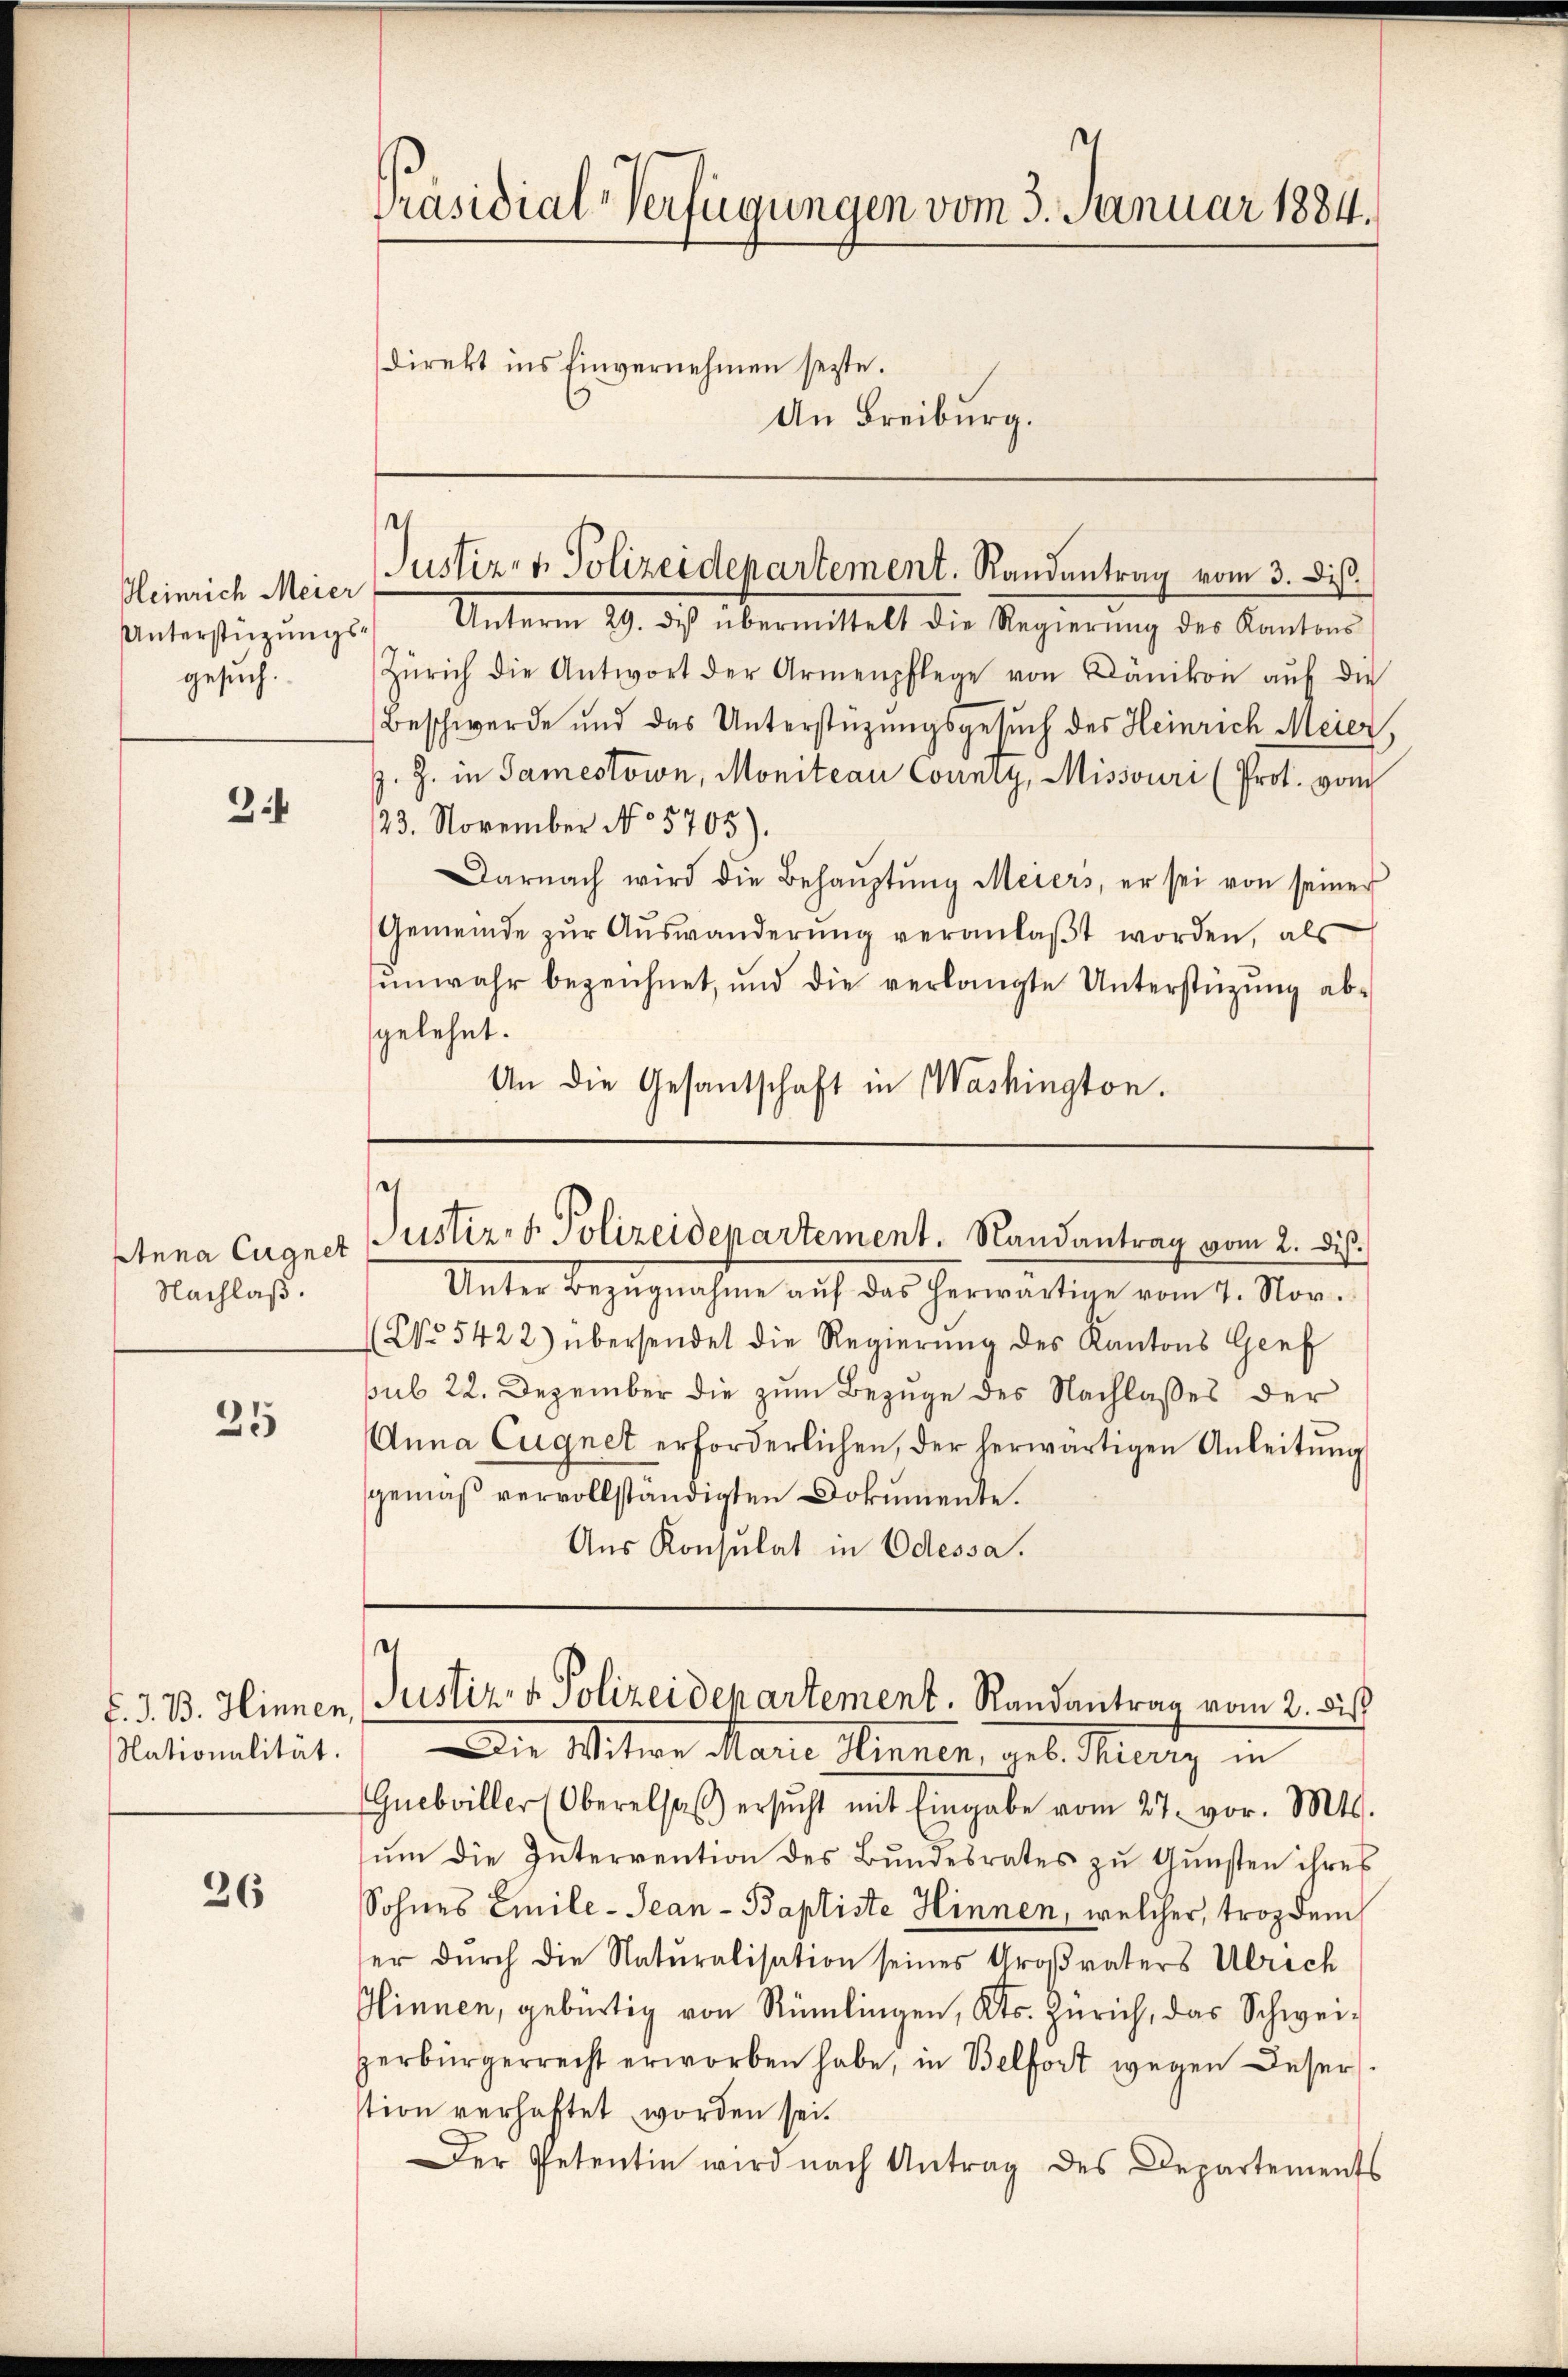
Kleinrich Meier
gesuch.

3

Nachlaß.

25

F. J. B. Hinnen,
Nationalität.

26

Präsidial-Verfügungen vom 3. Januar 1884.

unterstigungs Unterm 29. ds. übermittelt die Regierung der Kanton
Zürich die Antwort der Armenpflege von Dänikon aŭf die
Beschwerde und das Unterstützungsgesuch des Heinrich Meier,
Z. Z. in Samestown, Monitean County, Missouri (Prot. vom
23. November No 5705
Darnach wird die Behaŭptŭng Meiers, er sei von seiner
Gemeinde zŭr Aŭswanderŭng veranlaβt worden, als
unwahr bezeichnet, und die verlangte Unterstüzung ab-
gelehnt.
An die Gesantschaft in Washington.

direkt ins Einvernehmen seyte.
An Freiburg.

.
Justiz- & Polizeidepartement. Randantrag vom 3. Dis

Unter Bezugnahme auf das herwärtige vom 4. Nor-
(No 5422) übersendet die Regierŭng des Kantons Genf
psub 22. Dezember die zŭm Bezuge des Nachlasses der
Anna Cugnet erforderlichen, der herwärtigen Anleitŭng
gemäß vervollständigten Dokumente.
Aus Konsulat in Odessa.
Die Witwe Marie Sinnen, geb. Merz in
Guebviller (Oberalsaβ ersŭcht mit Eingabe vom 27. vor. Mts.
ŭm die Interrention des Bŭndesrates zŭ Gŭnsten ihres
Sohnes Emile-Jean - Baptiste Hinnen, welcher, trozdem
er durch die Naturalisation seines Großvaters Ulrich
Hinnen, gebürtig von Rümlingen, Kts. Zürich, das Schweizerbürgerrecht erworben habe, in Belfort wegen Deser
stion verhaftet worden sei.
Der Petentin wird nach Antrag des Departements

Anna Cagner Justiz- & Polizeidepartement. Randantrag vom 2. ds.

e
Justiz- & Polizeidepartement. Randantrag vom 2. bis